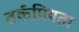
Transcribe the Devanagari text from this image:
तर्कप्रियता